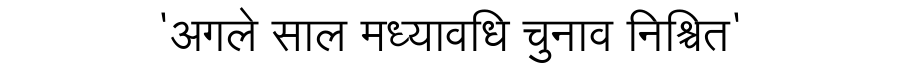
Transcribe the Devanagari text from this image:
'अगले साल मध्यावधि चुनाव निश्चित'